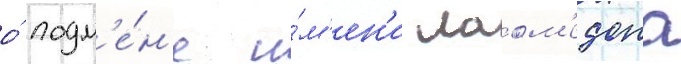
о́ подм'е́н'е и́м'ен'и лаом'едона